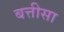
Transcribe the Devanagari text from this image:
बत्तीसा